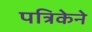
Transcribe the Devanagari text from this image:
पत्रिकेने